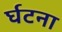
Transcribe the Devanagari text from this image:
र्घटना